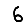
Digit: 6